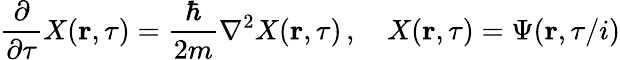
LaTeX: {\frac{\partial}{\partial\tau}}X(\mathbf{r},\tau)={\frac{\hbar}{2m}}\nabla^{2}X(\mathbf{r},\tau)\, ,\quad X(\mathbf{r},\tau)=\Psi(\mathbf{r},\tau/i)